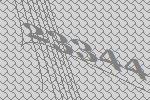
23344